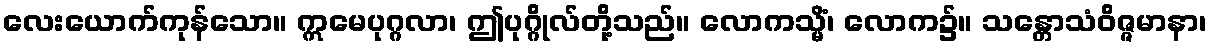
လေးယောက်ကုန်သော။ ဣမေပုဂ္ဂလာ၊ ဤပုဂ္ဂိုလ်တို့သည်။ လောကသ္မိံ၊ လောက၌။ သန္တောသံဝိဇ္ဇမာနာ၊